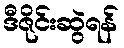
ဒီဇိုင်းဆွဲရန်